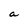
Character: a